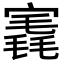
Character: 𡪣